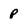
Character: p